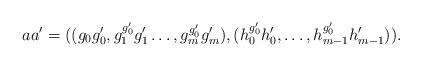
LaTeX: \begin{align*}aa'=((g_0g_0',g_1^{g_0'}g_1'\ldots,g_m^{g_0'}g_m'),(h_0^{g_0'}h_0',\ldots,h_{m-1}^{g_0'}h_{m-1}')).\end{align*}